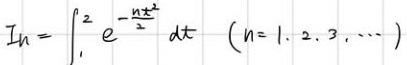
\[ I_n = \int_{1}^{2} e^{-\frac{nx^2}{2}} \mathrm{d}x \quad (n = 1, 2, 3, \cdots) \]